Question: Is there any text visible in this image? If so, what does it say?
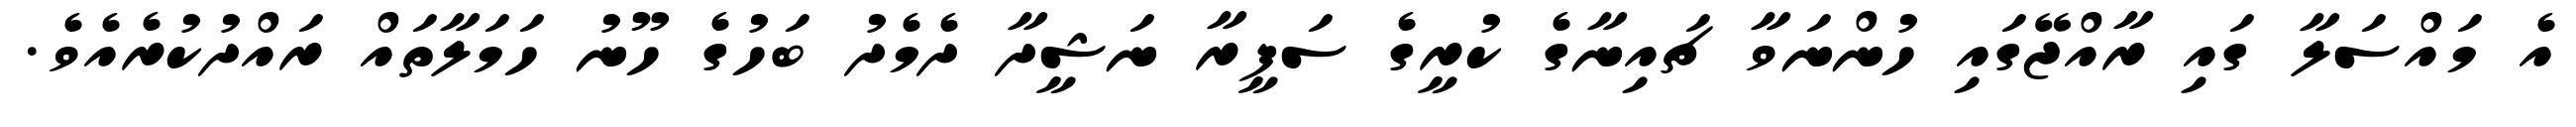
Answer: އެ މައްސަލާ ގައި ރާއްޖޭގައި ހުންނަވާ ޗައިނާގެ ކުރީގެ ސަފީރާ ނަޝީދާ ދެމެދު ބަހުގެ ހޫނު ހަމަލާތައް ރައްދުކުރެއެވެ.